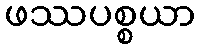
ဖဿပစ္စယာ